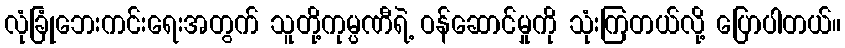
လုံခြုံဘေးကင်းရေးအတွက် သူတို့ကုမ္ပဏီရဲ့ ဝန်ဆောင်မှုကို သုံးကြတယ်လို့ ပြောပါတယ်။